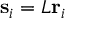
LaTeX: \mathbf { s } _ { i } = L \mathbf { r } _ { i }